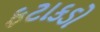
ફટાકડો